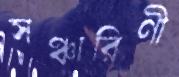
সঞ্চারিণী